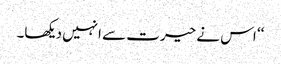
‘‘ اس نے حیرت سے انہیں دیکھا۔